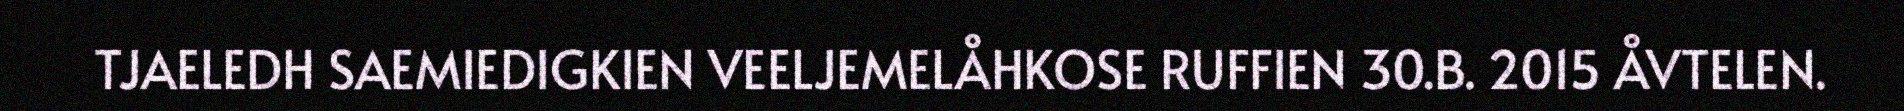
TJAELEDH SAEMIEDIGKIEN VEELJEMELÅHKOSE RUFFIEN 30.B. 2015 ÅVTELEN.